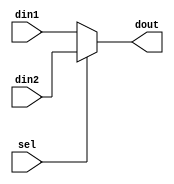
module mux_2to1 (
	// input
	sel, din1, din2,
	// output
	dout
	);
	/*********** Parameter ***********/
	parameter	DATA_WIDTH = 32;
	/*********** signal declaration ***********/
	// input
	input	sel;
	input	[DATA_WIDTH - 1:0]	din1;
	input	[DATA_WIDTH - 1:0]	din2;
	
	// output
	output	[DATA_WIDTH	- 1:0]	dout;
	reg		[DATA_WIDTH	- 1:0]	dout;

	always @ (*) begin
		if(~sel)
			dout <= din1;
		else
			dout <= din2;
	end

endmodule